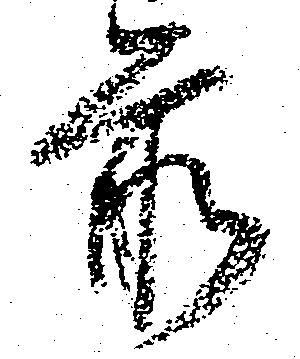
前